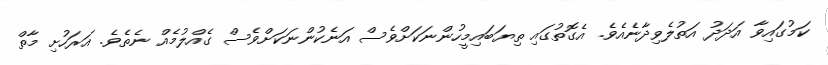
ކަމުގައިވާ އަދަދު އަތުލެވިދާނެއެވެ. އެގޮތުގައި ތިޔަބައިމީހުންނަކަށްވެސް އަނެކުންނަކަށްވެސް ގެއްލުމެއް ނެތެވެ. އަރަހުށި މާތް